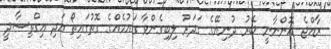
ރާއްޖެ އޮންނާނީ ބޭރު ދުނިޔޭގެ ގަދަރު ލިބިގެންވާ ގައުމެއްގެ ގޮތުގައިތޯ އަދި އިގްތިސާދީ